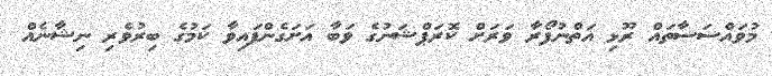
މުވައްސަސާތައް ރޫޅި އަތްނުފޯރާ ވަރަށް ކޮރަޕްޝަނުގެ ވަބާ އަށަގެންފައިވާ ކަމުގެ ބިރުވެރި ނިޝާނެއް